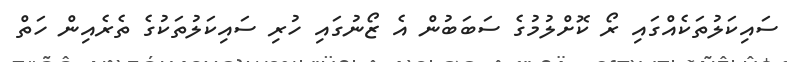
ސައިކަލުތަކެއްގައި ރޯ ކޮށްލުމުގެ ސަބަބުން އެ ޒޯނުގައި ހުރި ސައިކަލުތަކުގެ ތެރެއިން ހަތް